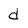
Character: d